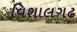
વિશાલગઢ